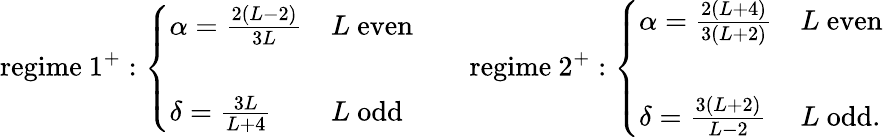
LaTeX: \mathrm{regime~}1^{+}:\left\{ \begin{array}{ll}{{\alpha=\frac{2(L-2)}{3L}}}&{{L\mathrm{~even}}}\\ {{}}&{{}}\\ {{\delta=\frac{3L}{L+4}}}&{{L\mathrm{~odd}}}\end{array}\right.\qquad\mathrm{regime~}2^{+}:\left\{ \begin{array}{ll}{{\alpha=\frac{2(L+4)}{3(L+2)}}}&{{L\mathrm{~even}}}\\ {{}}&{{}}\\ {{\delta=\frac{3(L+2)}{L-2}}}&{{L\mathrm{~odd}.}}\end{array}\right.